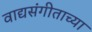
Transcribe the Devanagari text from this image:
वाद्यसंगीताच्या